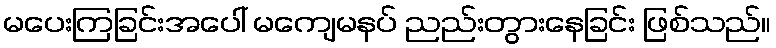
မပေးကြခြင်းအပေါ် မကျေမနပ် ညည်းတွားနေခြင်း ဖြစ်သည်။